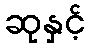
ဆုနှင့်